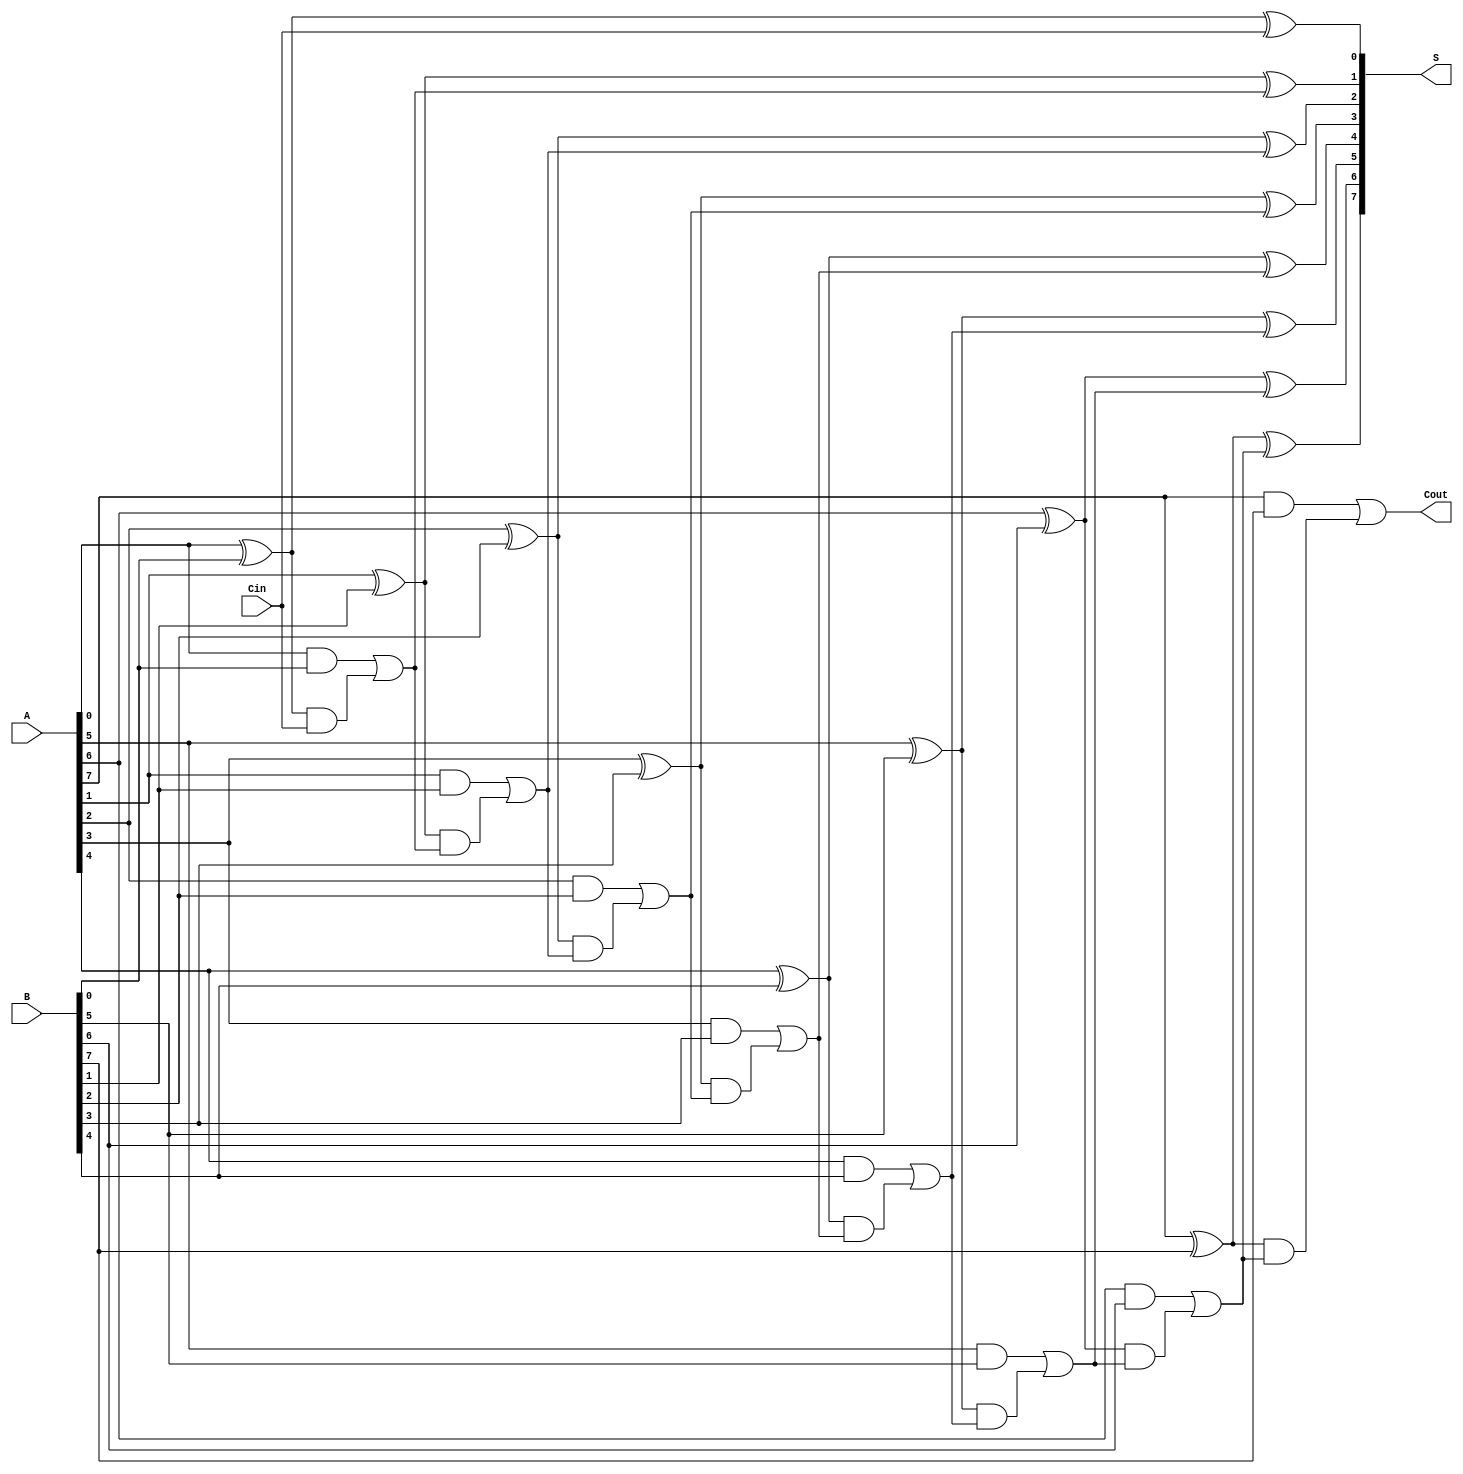
module CSPA #(
    parameter N = 8  // Bit-width of the adder
)(
    input  [N-1:0] A,    // First n-bit input
    input  [N-1:0] B,    // Second n-bit input
    input         Cin,    // Carry-in
    output [N-1:0] S,     // n-bit sum output
    output        Cout     // Carry-out output
);

    // Internal wires for carry and sum
    wire [N:0] G;  // Generate signals
    wire [N:0] P;  // Propagate signals
    wire [N:0] C;  // Carry signals

    // Generate and propagate signals
    assign G[0] = A[0] & B[0];
    assign P[0] = A[0] ^ B[0];

    genvar i;
    generate
        for (i = 1; i < N; i = i + 1) begin: generate_propagate
            assign G[i] = A[i] & B[i];
            assign P[i] = A[i] ^ B[i];
        end
    endgenerate

    // Carry generation using prefix structure (Kogge-Stone for simplicity)
    assign C[0] = Cin;
    generate
        for (i = 1; i <= N; i = i + 1) begin: carry_generation
            assign C[i] = G[i-1] | (P[i-1] & C[i-1]);
        end
    endgenerate

    // Sum calculation
    generate
        for (i = 0; i < N; i = i + 1) begin: sum_calculation
            assign S[i] = P[i] ^ C[i];
        end
    endgenerate

    // Carry-out output
    assign Cout = C[N];

endmodule